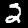
Label: 2